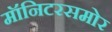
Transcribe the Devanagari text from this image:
मॉनिटरसमोर